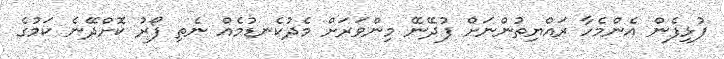
ފުޅިފެން އެންމެހާ ރައްޔިތުންނަށް ފުދޭނޭ މިންވަރަށް މެދުކެނޑުމެއް ނެތި ފޯރު ކޮށްދޭނެ ކަމުގެ